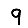
Digit: 9